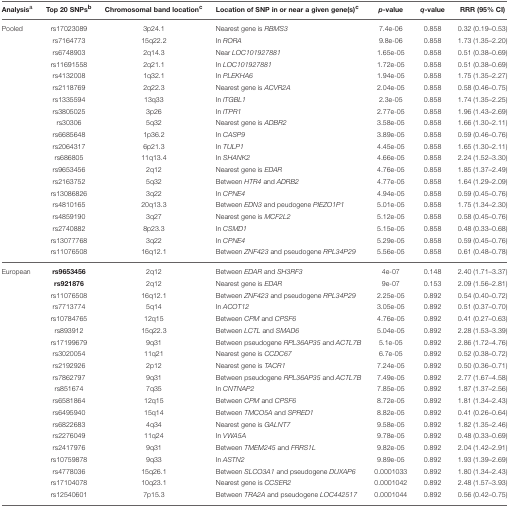
<table><thead><tr><td><b>Analysis<sup>a</sup></b></td><td><b>Top 20 SNPs<sup>b</sup></b></td><td><b>Chromosomal band location<sup>c</sup></b></td><td><b>Location of SNP in or near a given gene(s)<sup>c</sup></b></td><td><b><i>p</i>-value</b></td><td><b><i>q</i>-value</b></td><td><b>RRR (95% CI)</b></td></tr></thead><tbody><tr><td>Pooled</td><td>rs17023089</td><td>3p24.1</td><td>Nearest gene is <i>RBMS3</i></td><td>7.4e-06</td><td>0.858</td><td>0.32 (0.19–0.53)</td></tr><tr><td>[EMPTY_CELL]</td><td>rs7164773</td><td>15q22.2</td><td>In <i>RORA</i></td><td>9.8e-06</td><td>0.858</td><td>1.73 (1.35–2.20)</td></tr><tr><td>[EMPTY_CELL]</td><td>rs6748903</td><td>2q14.3</td><td>Near <i>LOC101927881</i></td><td>1.65e-05</td><td>0.858</td><td>0.51 (0.38–0.69)</td></tr><tr><td>[EMPTY_CELL]</td><td>rs11691558</td><td>2q21.1</td><td>In <i>LOC101927881</i></td><td>1.72e-05</td><td>0.858</td><td>0.51 (0.38–0.69)</td></tr><tr><td>[EMPTY_CELL]</td><td>rs4132008</td><td>1q32.1</td><td>In <i>PLEKHA6</i></td><td>1.94e-05</td><td>0.858</td><td>1.75 (1.35–2.27)</td></tr><tr><td>[EMPTY_CELL]</td><td>rs2118769</td><td>2q22.3</td><td>Nearest gene is <i>ACVR2A</i></td><td>2.04e-05</td><td>0.858</td><td>0.58 (0.46–0.75)</td></tr><tr><td>[EMPTY_CELL]</td><td>rs1335594</td><td>13q33</td><td>In <i>ITGBL1</i></td><td>2.3e-05</td><td>0.858</td><td>1.74 (1.35–2.25)</td></tr><tr><td>[EMPTY_CELL]</td><td>rs3805025</td><td>3p26</td><td>In <i>ITPR1</i></td><td>2.77e-05</td><td>0.858</td><td>1.96 (1.43–2.69)</td></tr><tr><td>[EMPTY_CELL]</td><td>rs30306</td><td>5q32</td><td>Nearest gene is <i>ADBR2</i></td><td>3.58e-05</td><td>0.858</td><td>1.66 (1.30–2.11)</td></tr><tr><td>[EMPTY_CELL]</td><td>rs6685648</td><td>1p36.2</td><td>In <i>CASP9</i></td><td>3.89e-05</td><td>0.858</td><td>0.59 (0.46–0.76)</td></tr><tr><td>[EMPTY_CELL]</td><td>rs2064317</td><td>6p21.3</td><td>In <i>TULP1</i></td><td>4.45e-05</td><td>0.858</td><td>1.65 (1.30–2.11)</td></tr><tr><td>[EMPTY_CELL]</td><td>rs686805</td><td>11q13.4</td><td>In <i>SHANK2</i></td><td>4.66e-05</td><td>0.858</td><td>2.24 (1.52–3.30)</td></tr><tr><td>[EMPTY_CELL]</td><td>rs9653456</td><td>2q12</td><td>Nearest gene is <i>EDAR</i></td><td>4.76e-05</td><td>0.858</td><td>1.85 (1.37–2.49)</td></tr><tr><td>[EMPTY_CELL]</td><td>rs2163752</td><td>5q32</td><td>Between <i>HTR4</i> and <i>ADRB2</i></td><td>4.77e-05</td><td>0.858</td><td>1.64 (1.29–2.09)</td></tr><tr><td>[EMPTY_CELL]</td><td>rs13086826</td><td>3q22</td><td>In <i>CPNE4</i></td><td>4.94e-05</td><td>0.858</td><td>0.59 (0.45–0.76)</td></tr><tr><td>[EMPTY_CELL]</td><td>rs4810165</td><td>20q13.3</td><td>Between <i>EDN3</i> and peudogene <i>PIEZO1P1</i></td><td>5.01e-05</td><td>0.858</td><td>1.75 (1.34–2.30)</td></tr><tr><td>[EMPTY_CELL]</td><td>rs4859190</td><td>3q27</td><td>Nearest gene is <i>MCF2L2</i></td><td>5.12e-05</td><td>0.858</td><td>0.58 (0.45–0.76)</td></tr><tr><td>[EMPTY_CELL]</td><td>rs2740882</td><td>8p23.3</td><td>In <i>CSMD1</i></td><td>5.15e-05</td><td>0.858</td><td>0.48 (0.33–0.68)</td></tr><tr><td>[EMPTY_CELL]</td><td>rs13077768</td><td>3q22</td><td>In <i>CPNE4</i></td><td>5.29e-05</td><td>0.858</td><td>0.59 (0.45–0.76)</td></tr><tr><td>[EMPTY_CELL]</td><td>rs11076508</td><td>16q12.1</td><td>Between <i>ZNF423</i> and pseudogene <i>RPL34P29</i></td><td>5.56e-05</td><td>0.858</td><td>0.61 (0.48–0.78)</td></tr><tr><td>European</td><td><b>rs9653456</b></td><td>2q12</td><td>Between <i>EDAR</i> and <i>SH3RF3</i></td><td>4e-07</td><td>0.148</td><td>2.40 (1.71–3.37)</td></tr><tr><td>[EMPTY_CELL]</td><td><b>rs921876</b></td><td>2q12</td><td>Nearest gene is <i>EDAR</i></td><td>9e-07</td><td>0.153</td><td>2.09 (1.56–2.81)</td></tr><tr><td>[EMPTY_CELL]</td><td>rs11076508</td><td>16q12.1</td><td>Between <i>ZNF423</i> and pseudogene <i>RPL34P29</i></td><td>2.25e-05</td><td>0.892</td><td>0.54 (0.40–0.72)</td></tr><tr><td>[EMPTY_CELL]</td><td>rs7713774</td><td>5q14</td><td>In <i>ACOT12</i></td><td>3.05e-05</td><td>0.892</td><td>0.51 (0.37–0.70)</td></tr><tr><td>[EMPTY_CELL]</td><td>rs10784765</td><td>12q15</td><td>Between <i>CPM</i> and <i>CPSF6</i></td><td>4.76e-05</td><td>0.892</td><td>0.41 (0.27–0.63)</td></tr><tr><td>[EMPTY_CELL]</td><td>rs893912</td><td>15q22.3</td><td>Between <i>LCTL</i> and <i>SMAD6</i></td><td>5.04e-05</td><td>0.892</td><td>2.28 (1.53–3.39)</td></tr><tr><td>[EMPTY_CELL]</td><td>rs17199679</td><td>9q31</td><td>Between pseudogene <i>RPL36AP35</i> and <i>ACTL7B</i></td><td>5.1e-05</td><td>0.892</td><td>2.86 (1.72–4.76)</td></tr><tr><td>[EMPTY_CELL]</td><td>rs3020054</td><td>11q21</td><td>Nearest gene is <i>CCDC67</i></td><td>6.7e-05</td><td>0.892</td><td>0.52 (0.38–0.72)</td></tr><tr><td>[EMPTY_CELL]</td><td>rs2192926</td><td>2p12</td><td>Nearest gene is <i>TACR1</i></td><td>7.24e-05</td><td>0.892</td><td>0.50 (0.36–0.71)</td></tr><tr><td>[EMPTY_CELL]</td><td>rs7862797</td><td>9q31</td><td>Between pseudogene <i>RPL36AP35</i> and <i>ACTL7B</i></td><td>7.49e-05</td><td>0.892</td><td>2.77 (1.67–4.58)</td></tr><tr><td>[EMPTY_CELL]</td><td>rs851674</td><td>7q35</td><td>In <i>CNTNAP2</i></td><td>7.85e-05</td><td>0.892</td><td>1.87 (1.37–2.56)</td></tr><tr><td>[EMPTY_CELL]</td><td>rs6581864</td><td>12q15</td><td>Between <i>CPM</i> and <i>CPSF6</i></td><td>8.72e-05</td><td>0.892</td><td>1.81 (1.34–2.43)</td></tr><tr><td>[EMPTY_CELL]</td><td>rs6495940</td><td>15q14</td><td>Between <i>TMCO5A</i> and <i>SPRED1</i></td><td>8.82e-05</td><td>0.892</td><td>0.41 (0.26–0.64)</td></tr><tr><td>[EMPTY_CELL]</td><td>rs6822683</td><td>4q34</td><td>Nearest gene is <i>GALNT7</i></td><td>9.58e-05</td><td>0.892</td><td>1.82 (1.35–2.46)</td></tr><tr><td>[EMPTY_CELL]</td><td>rs2276049</td><td>11q24</td><td>In <i>VWA5A</i></td><td>9.78e-05</td><td>0.892</td><td>0.48 (0.33–0.69)</td></tr><tr><td>[EMPTY_CELL]</td><td>rs2417976</td><td>9q31</td><td>Between <i>TMEM245</i> and <i>FRRS1L</i></td><td>9.82e-05</td><td>0.892</td><td>2.04 (1.42–2.91)</td></tr><tr><td>[EMPTY_CELL]</td><td>rs10759878</td><td>9q33</td><td>In <i>ASTN2</i></td><td>9.89e-05</td><td>0.892</td><td>1.93 (1.39–2.69)</td></tr><tr><td>[EMPTY_CELL]</td><td>rs4778036</td><td>15q26.1</td><td>Between <i>SLCO3A1</i> and pseudogene <i>DUXAP6</i></td><td>0.0001033</td><td>0.892</td><td>1.80 (1.34–2.43)</td></tr><tr><td>[EMPTY_CELL]</td><td>rs17104078</td><td>10q23.1</td><td>Nearest gene is <i>CCSER2</i></td><td>0.0001042</td><td>0.892</td><td>2.48 (1.57–3.93)</td></tr><tr><td>[EMPTY_CELL]</td><td>rs12540601</td><td>7p15.3</td><td>Between <i>TRA2A</i> and pseudogene <i>LOC442517</i></td><td>0.0001044</td><td>0.892</td><td>0.56 (0.42–0.75)</td></tr></tbody></table>